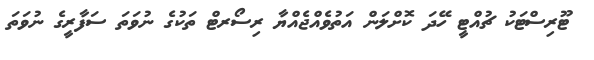
ޓޫރިސްޓަކު ޗުއްޓީ ހޭދަ ކޮށްލަން އަތުވެއްޖެއްޔާ ރިސޯރޓް ތަކުގެ ނުވަތަ ސަފާރީގެ ނުވަތަ